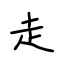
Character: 走